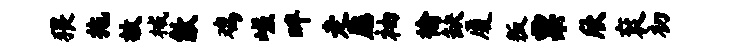
猥拖故械歙鸡嵯畔走愿袖榆缺厦叛粟欣衮初